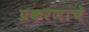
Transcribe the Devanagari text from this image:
प्रकरणांचे